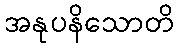
အနုပနိသောတိ